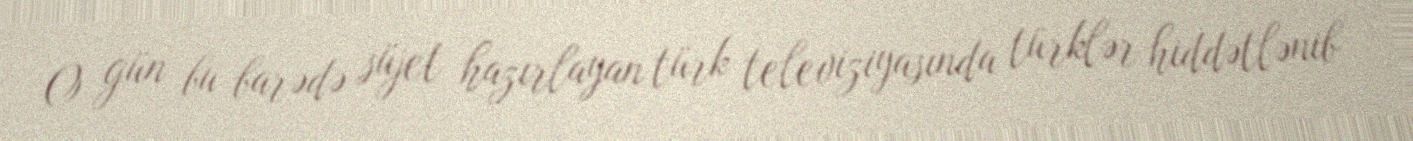
O gün bu barədə süjet hazırlayan türk televiziyasında türklər hiddətlənib